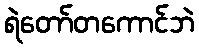
ရဲတော်တကောင်ဘဲ